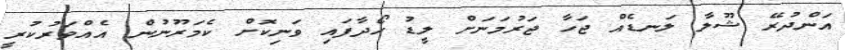
އަންދުރޭ ޝޫލާ ލަނޑެއް ޖަހާ ޖަރުމަނަށް ލީޑު ހޯދާފައި ވަނިކޮށް ކެމަރޫނުން އެއްވަރުކުރީ